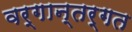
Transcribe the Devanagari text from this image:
वर्गान्तर्गत